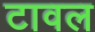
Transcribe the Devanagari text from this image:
टावल